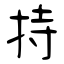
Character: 持